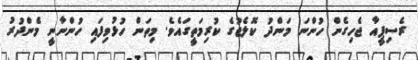
ރެސިޕީއާ ޖެހިގެން ހުންނަ މަންދު ކޮލެޖުގެ ކުރިމަތީގައެވެ. މިތަން ހުޅުވިފައި ހުންނާނީ މެންދުރު